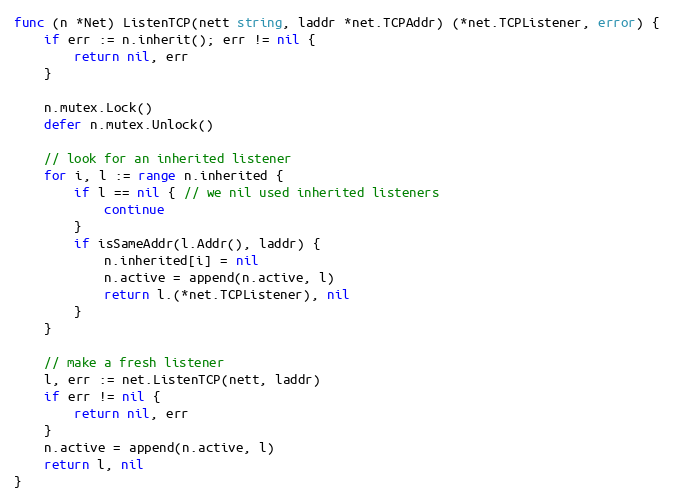
Language: Go
func (n *Net) ListenTCP(nett string, laddr *net.TCPAddr) (*net.TCPListener, error) {
	if err := n.inherit(); err != nil {
		return nil, err
	}

	n.mutex.Lock()
	defer n.mutex.Unlock()

	// look for an inherited listener
	for i, l := range n.inherited {
		if l == nil { // we nil used inherited listeners
			continue
		}
		if isSameAddr(l.Addr(), laddr) {
			n.inherited[i] = nil
			n.active = append(n.active, l)
			return l.(*net.TCPListener), nil
		}
	}

	// make a fresh listener
	l, err := net.ListenTCP(nett, laddr)
	if err != nil {
		return nil, err
	}
	n.active = append(n.active, l)
	return l, nil
}